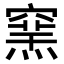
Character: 𥧳